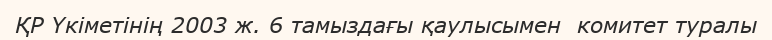
ҚР Үкіметінің 2003 ж. 6 тамыздағы қаулысымен  комитет туралы